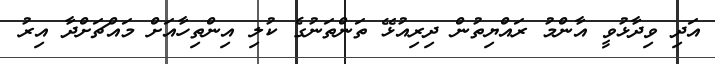
އަދި ވިދާޅުވީ އާންމު ރައްޔިތުން ދިރިއުޅޭ ތަންތަނުގެ ކުލި އިންތިހާއަށް މައްޗަށްދާ އިރު